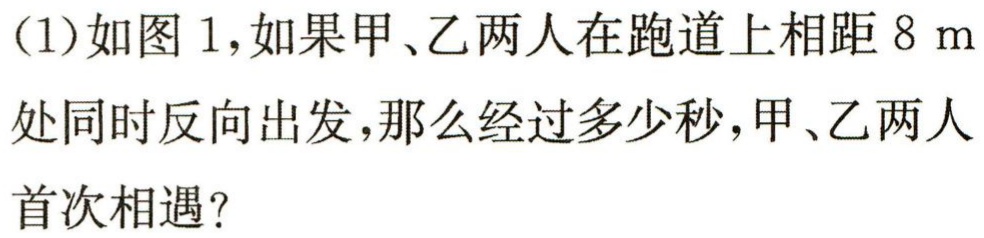
(1)如图 1，如果甲、乙两人在跑道上相距\(8\ \mathrm{m}\)处同时反向出发，那么经过多少秒，甲、乙两人首次相遇？